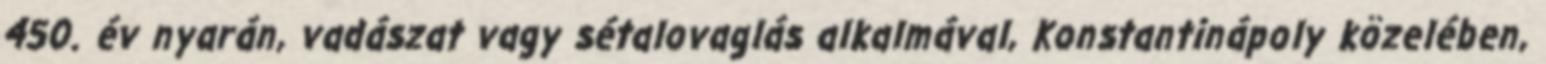
450. év nyarán, vadászat vagy sétalovaglás alkalmával, Konstantinápoly közelében,